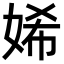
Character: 㛓